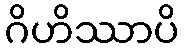
ဂိဟိဿာပိ